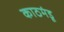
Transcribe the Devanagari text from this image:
काठमंडू